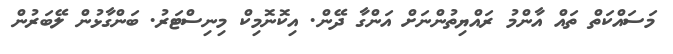
މަސައްކަތް ތައް އާންމު ރައްޔިތުންނަށް އަންގާ ދޭން. އިކޮނޮމިކް މިނިސްޓަރު. ބަންގާޅުން ލޭބަރުން